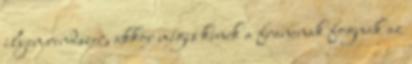
ilyen rendszer, akkor mégis kinek a francnak fognak az